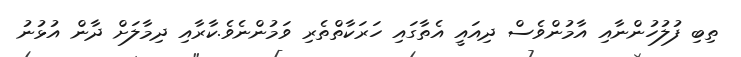
ތިބި ފުލުހުންނާއި އާމުންވެސް ދިއައީ އެތާގައި ހަރަކާތްތެރި ވަމުންނެވެ.ކާރާާއި ދިމާލަށް ދާން އުޅުނު